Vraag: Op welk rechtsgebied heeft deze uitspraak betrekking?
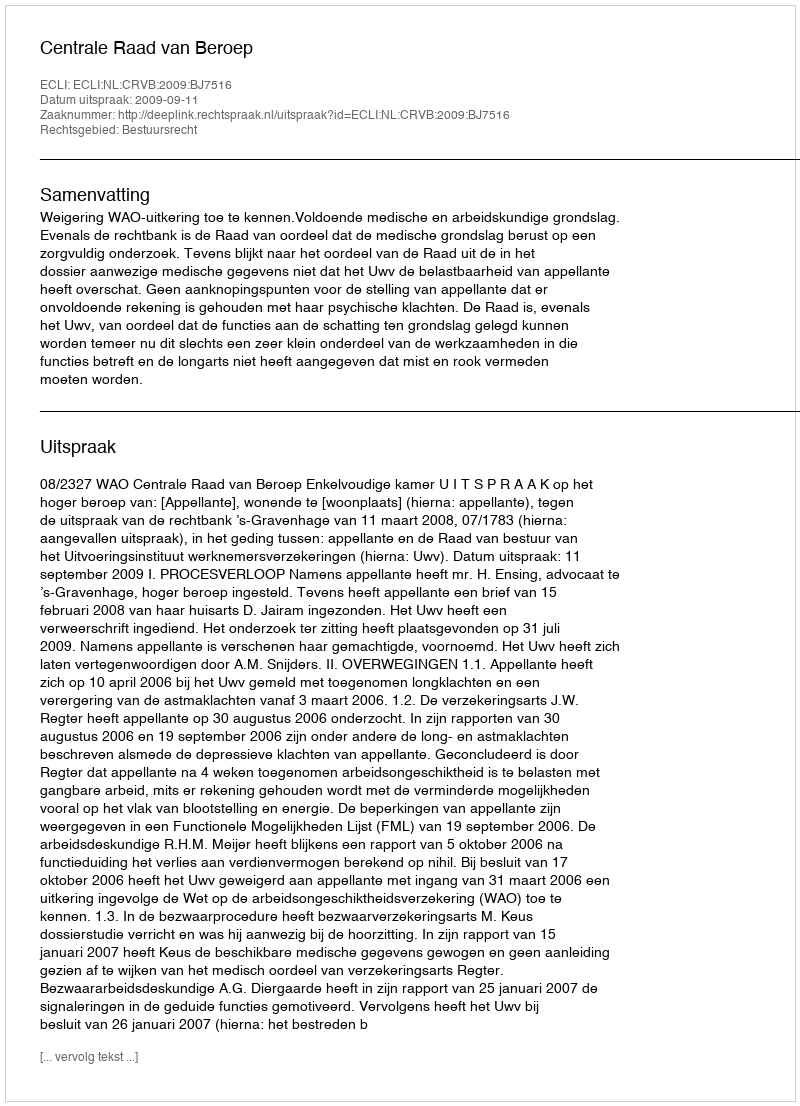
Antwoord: Bestuursrecht